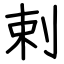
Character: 剌